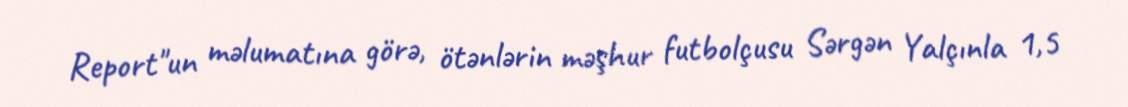
Report"un məlumatına görə, ötənlərin məşhur futbolçusu Sərgən Yalçınla 1,5